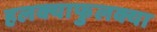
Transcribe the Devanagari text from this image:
हलक्याफुलक्या